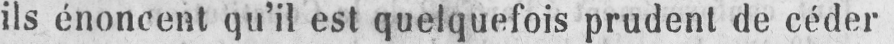
ils énoncent qu’il est quelquefois prudent de céder